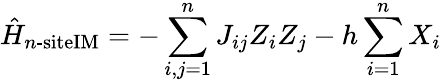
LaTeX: \hat{H}_{n\textrm{-siteIM}}=-\sum_{i,j=1}^{n}J_{ij}Z_{i}Z_{j}-h\sum_{i=1}^{n}X_{i}